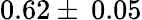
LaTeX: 0.62\pm\: 0.05